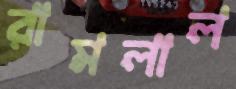
রামলাল